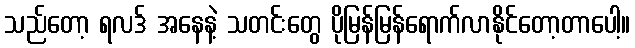
သည်တော့ ရလဒ် အနေနဲ့ သတင်းတွေ ပိုမြန်မြန်ရောက်လာနိုင်တော့တာပေါ့။